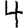
Digit: 4